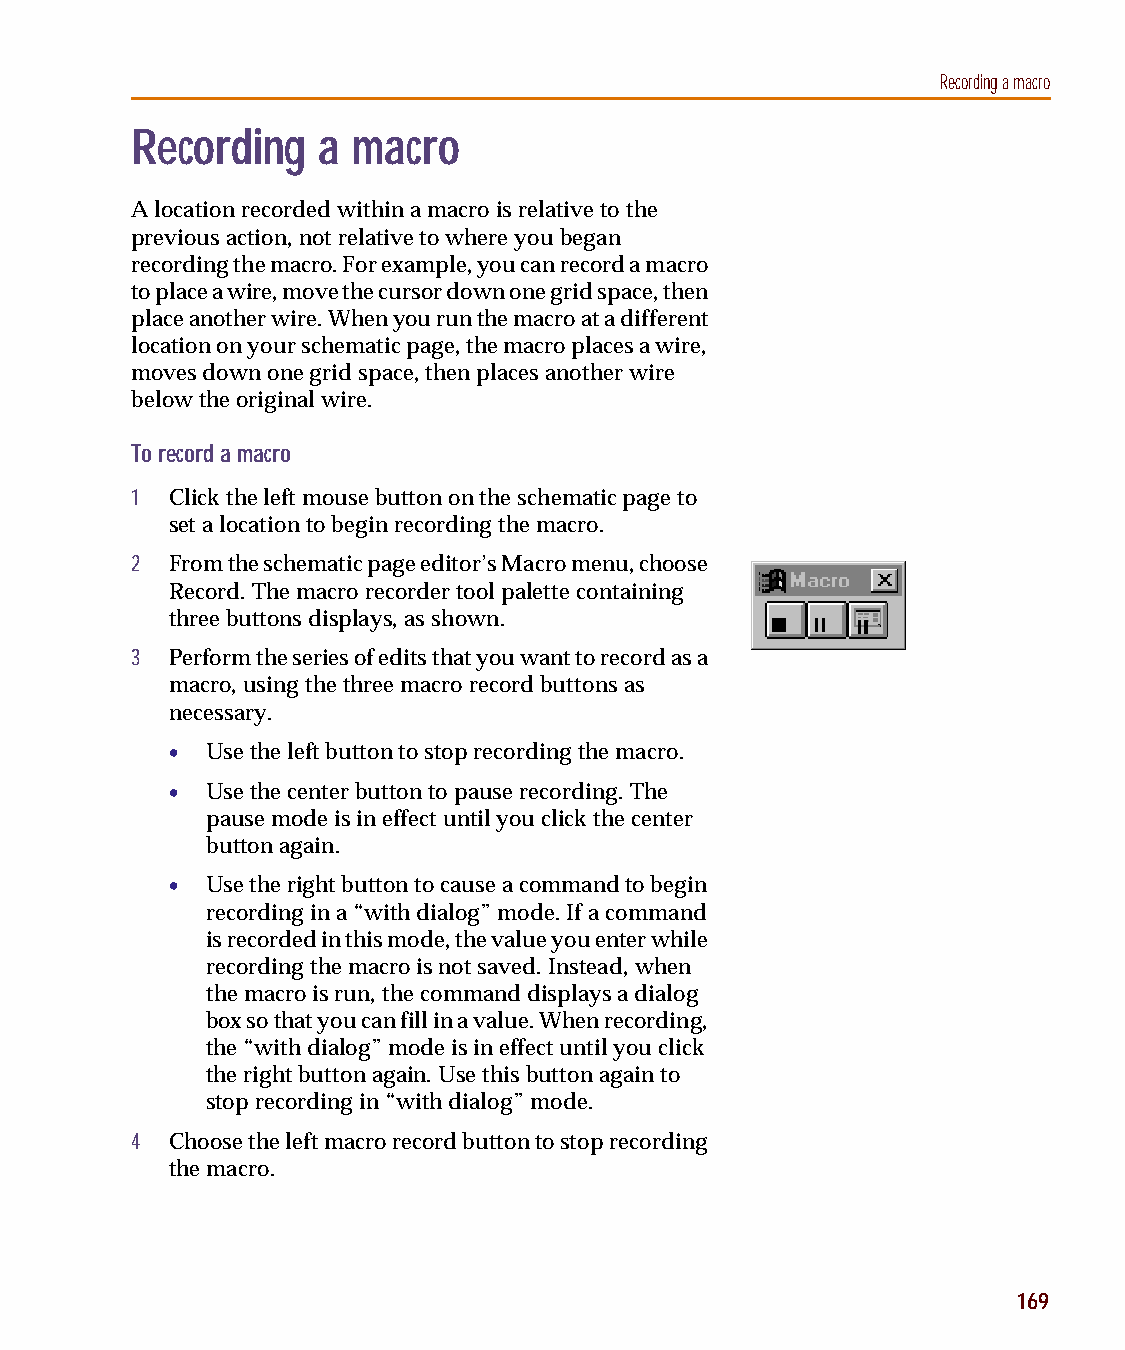
capug.book Page 169 Thursday, November 12, 1998 3:38 PM
 Recording a macro
 Recording   a macro
 A location recorded within a macro is relative to the
 previous action, not relative to where you began
 recording the macro. For example, you can record a macro
 to place a wire, move the cursor down one grid space, then
 place another wire. When you run the macro at a different
 location on your schematic page, the macro places a wire,
 moves down one grid space, then places another wire
 below the original wire.
 To record a macro
 1 Click the left mouse button on the schematic page to
 set a location to begin recording the macro.
 2 From the schematic page editor’s Macro menu, choose
 Record. The macro recorder tool palette containing
 three buttons displays, as shown.
 3 Perform the series of edits that you want to record as a
 macro, using the three macro record buttons as
 necessary.
 •  Use the left button to stop recording the macro.
 •  Use the center button to pause recording. The
 pause mode is in effect until you click the center
 button again.
 •  Use the right button to cause a command to begin
 recording in a “with dialog” mode. If a command
 is recorded in this mode, the value you enter while
 recording the macro is not saved. Instead, when
 the macro is run, the command displays a dialog
 box so that you can fill in a value. When recording,
 the “with dialog” mode is in effect until you click
 the right button again. Use this button again to
 stop recording in “with dialog” mode.
 4 Choose the left macro record button to stop recording
 the macro.
 169